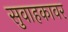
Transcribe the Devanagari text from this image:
सुवाहकावर